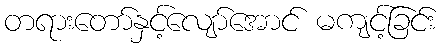
တရားတော်နှင့်လျော်အောင် မကျင့်ခြင်း